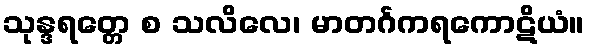
သုန္ဒရတ္တေ စ သလိလေ၊ မာတင်္ဂကရကောဋိယံ။